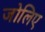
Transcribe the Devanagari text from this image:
जोलिए